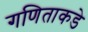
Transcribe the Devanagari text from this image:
गणिताकडे